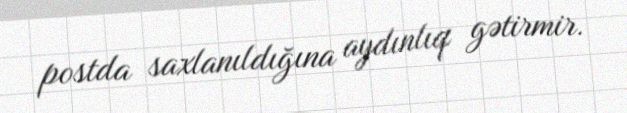
postda saxlanıldığına aydınlıq gətirmir.